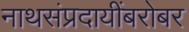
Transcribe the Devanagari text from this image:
नाथसंप्रदायींबरोबर